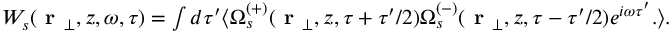
\begin{array} { r } { W _ { s } ( \textbf { r } _ { \perp } , z , \omega , \tau ) = \int d \tau ^ { \prime } \langle \Omega _ { s } ^ { ( + ) } ( \textbf { r } _ { \perp } , z , \tau + \tau ^ { \prime } / 2 ) \Omega _ { s } ^ { ( - ) } ( \textbf { r } _ { \perp } , z , \tau - \tau ^ { \prime } / 2 ) e ^ { i \omega \tau ^ { \prime } } . \rangle . } \end{array}